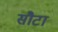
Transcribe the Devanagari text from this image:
सौटा